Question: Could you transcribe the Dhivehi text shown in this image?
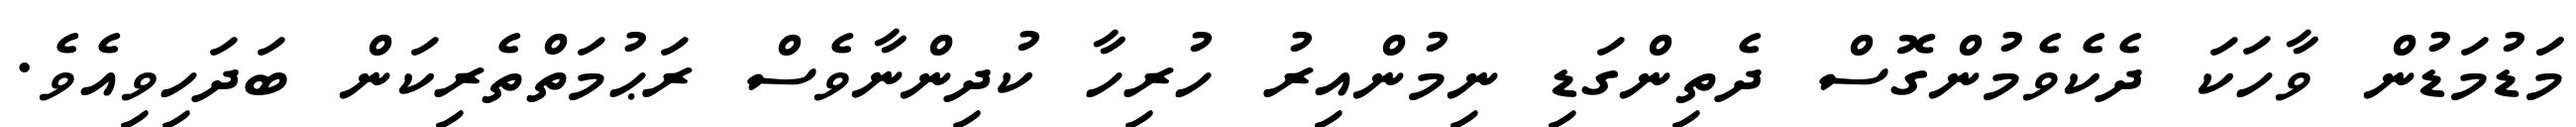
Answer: މަަޑުމަޑުން ވާހަކަ ދެކެވެމުންގޮސް ދެތިންގަޑި ނިމުންއިރު ހުރިހާ ކުދިންނާވެސް ރަޙުމަތްތެރިކަން ބަދަހިވިއެވެ.